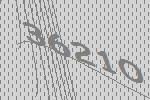
36210